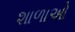
શાળાઓ